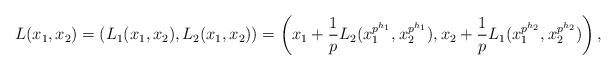
LaTeX: \begin{align*}L(x_1,x_2)=(L_1(x_1,x_2), L_2(x_1,x_2))=\left(x_1+\frac{1}{p}L_2(x_1^{p^{h_1}},x_2^{p^{h_1}}), x_2+ \frac{1}{p}L_1(x_1^{p^{h_2}},x_2^{p^{h_2}}) \right),\end{align*}